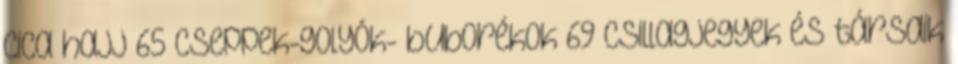
cica hajj 65 Cseppek-golyók- buborékok 69 Csillagjegyek és társaik